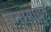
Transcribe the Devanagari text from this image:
पातुम्मायुडे